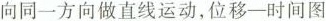
向同一方向做直线运动，位移—时间图